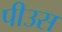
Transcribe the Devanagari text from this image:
पीउस